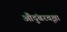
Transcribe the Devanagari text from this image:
औदुंबरवृक्षा